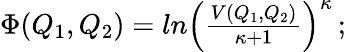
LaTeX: \begin{array}{r}{\Phi(Q_{1},Q_{2})=ln\left(\frac{V(Q_{1},Q_{2})}{\kappa+1}\right)^{\kappa}\, ;}\end{array}